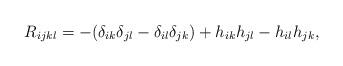
LaTeX: \begin{align*}R_{ijkl}=-(\delta_{ik}\delta_{jl}-\delta_{il}\delta_{jk})+h_{ik}h_{jl}-h_{il}h_{jk}, \end{align*}